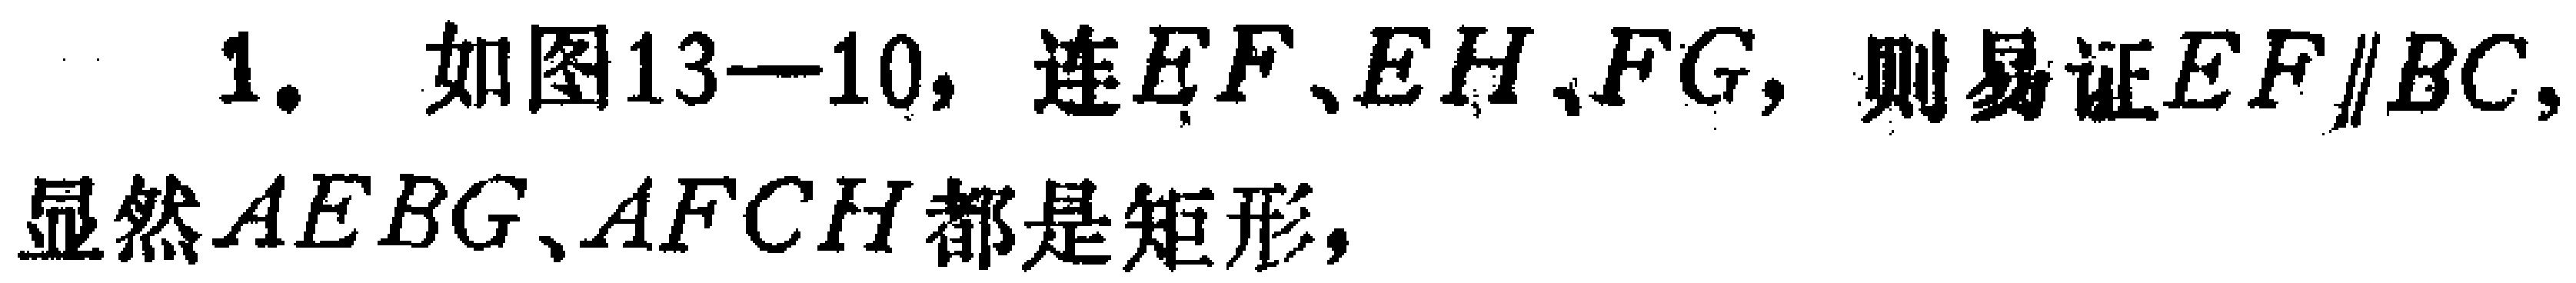
1. 如图13—10，连\(EF、EH、FG\)，则易证\(EF\parallel BC\)，显然\(AEBG、AFCH\)都是矩形，